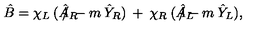
\hat { B } = \chi _ { L } \: ( \hat { A } _ { R } \! \! \! \! \! \! \! \slash \: - m \: \hat { Y } _ { R } ) \: + \: \chi _ { R } \: ( \hat { A } _ { L } \! \! \! \! \! \! \! \slash - m \: \hat { Y } _ { L } ) ,